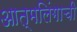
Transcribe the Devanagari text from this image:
आत्मलिंगाची